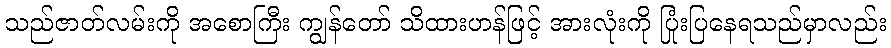
သည်ဇာတ်လမ်းကို အစောကြီး ကျွန်တော် သိထားဟန်ဖြင့် အားလုံးကို ပြုံးပြနေရသည်မှာလည်း